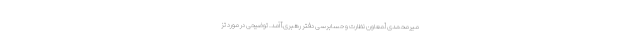
میرمحمدى [معاون نظارت و حسابرسی دفتر رهبری] ‌آمد. توضیحى در مورد تز